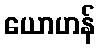
ယောဟန်